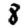
Digit: 8